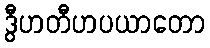
ဒွီဟတီဟပယာတော